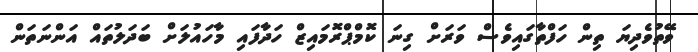
ވޭތުވެދިޔަ ތިން ހަފްތާގައިވެސް ވަރަށް ގިނަ ކޮމްޕްރޮމައިޒް ހަދާފައި މާހައުލަށް ބަދަލުތައް އަންނަތަން